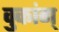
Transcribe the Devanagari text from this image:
वुकांग्